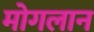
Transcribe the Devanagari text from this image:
मोगलान